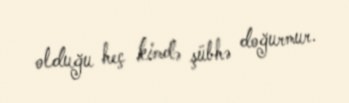
olduğu heç kimdə şübhə doğurmur.